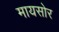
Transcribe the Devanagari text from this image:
मायसोर